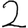
Digit: 2